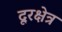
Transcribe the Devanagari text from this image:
दूरक्षेत्र